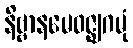
နိဗ္ဗာနမေဝဇ္ဈဂမုံ